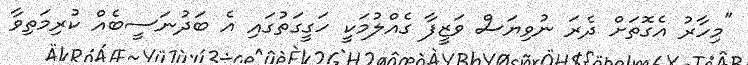
"މިހާރު އެގޮތަށް ދެރަ ނުވިޔަސް ވަޒީފާ ގެއްލުމަކީ ހަގީގަތުގައި އެ ބަދުނަސީބެއް ކުރިމަތިވާ